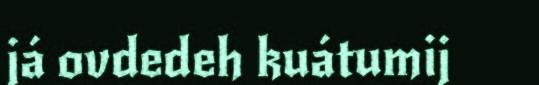
já ovdedeh kuátumij